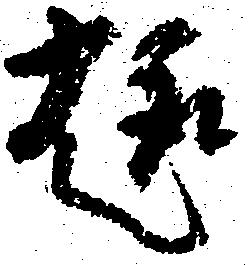
趣